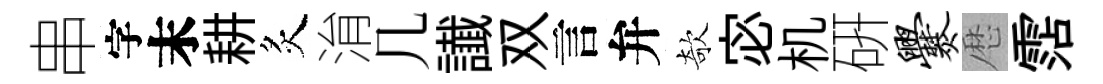
串字末耕炙㳙几䜟双言弁欹宓机硏爨厯霑